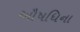
ઔષધિના